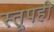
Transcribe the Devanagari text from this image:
स्तूपही